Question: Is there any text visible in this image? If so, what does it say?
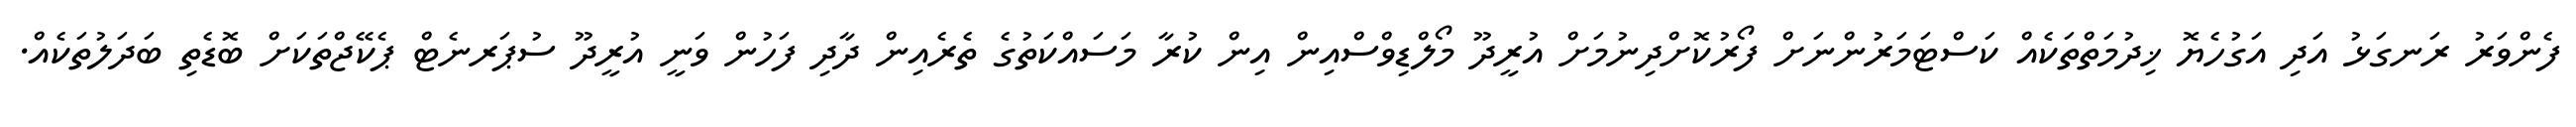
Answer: ފެންވަރު ރަނގަޅު އަދި އަގުހެޔޮ ޚިދުމަތްތަކެއް ކަސްޓަމަރުންނަށް ފޯރުކޮށްދިނުމަށް އުރީދޫ މޯލްޑިވްސްއިން އިން ކުރާ މަސައްކަތުގެ ތެރެއިން ދާދި ފަހުން ވަނީ އުރީދޫ ސުޕަރނެޓް ޕެކޭޖްތަކަށް ބޮޑެތި ބަދަލުތަކެއް.